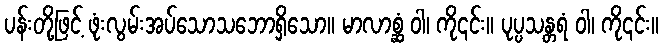
ပန်းတို့ဖြင့် ဖုံးလွမ်းအပ်သောသဘောရှိသော။ မာလာစ္ဆံ ဝါ၊ ကို၎င်း။ ပုပ္ပသန္တရံ ဝါ၊ ကို၎င်း။